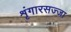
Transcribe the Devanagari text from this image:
शृंगारसज्जा